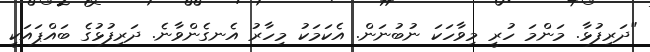
"ދަރިފުޅާ. މަންމަ ހުރީ މިވާހަކަ ނުބުނަން. އެކަމަކު މިހާރު އެނގެންވާނެ. ދަރިފުޅުގެ ބައްޕައަކީ